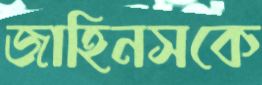
জাহিনসকে